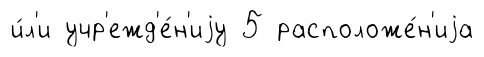
и́л'и учр'ежд'е́н'иjу 5 расположе́н'иjа